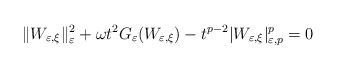
\begin{align*}\|W_{\varepsilon,\xi}\|_{\varepsilon}^{2}+\omega t^{2}G_{\varepsilon}(W_{\varepsilon,\xi})-t^{p-2}|W_{\varepsilon,\xi}|_{\varepsilon,p}^{p}=0\end{align*}